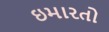
ઇમારતો